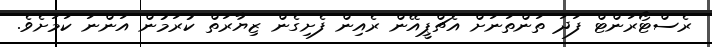
ރެސްޓޯރަންޓް ފަދަ ތަންތަނަށް އެޗްޕީއޭން ރެއިން ފެށިގެން ޒިޔާރަތް ކުރަމުން އަންނަ ކަމަށެވެ.